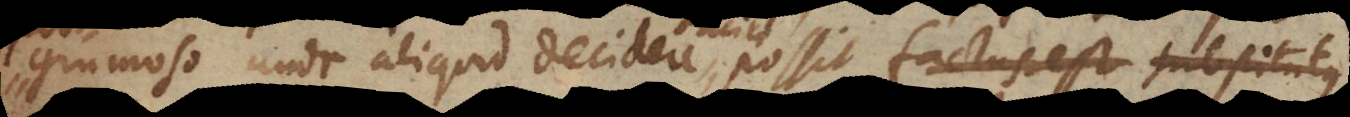
grumoso unde aliquid decidere facile possit alius substitutus